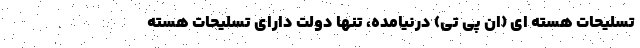
تسلیحات هسته ای (ان پی تی) درنیامده، تنها دولت دارای تسلیحات هسته